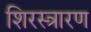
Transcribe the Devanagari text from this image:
शिरस्त्रारण